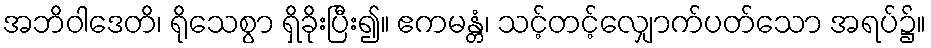
အဘိဝါဒေတိ၊ ရိုသေစွာ ရှိခိုးပြီး၍။ ဧကမန္တံ၊ သင့်တင့်လျှောက်ပတ်သော အရပ်၌။